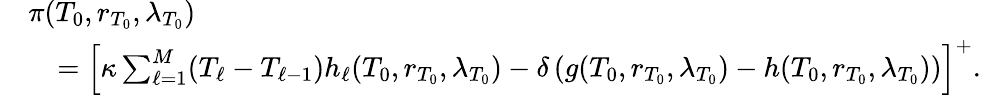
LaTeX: \begin{array}{rl}&{\pi(T_{0},r_{T_{0}},\lambda_{T_{0}})}\\ &{\ \ \ =\left[\kappa\sum_{\ell=1}^{M}(T_{\ell}-T_{\ell-1})h_{\ell}(T_{0},r_{T_{0}},\lambda_{T_{0}})-\delta\left(g(T_{0},r_{T_{0}},\lambda_{T_{0}})-h(T_{0},r_{T_{0}},\lambda_{T_{0}})\right)\right]^{+}.}\end{array}